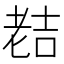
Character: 𮋜